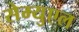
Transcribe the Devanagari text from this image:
सेम्युएल